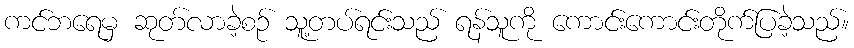
ကင်ဘရေမှ ဆုတ်လာခဲ့စဉ် သူ့တပ်ရင်းသည် ရန်သူကို ကောင်းကောင်းတိုက်ပြခဲ့သည်။